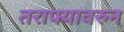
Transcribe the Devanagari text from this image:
तराफ्यावरुन